Vaccination in the Punjab 1867-1880 - 1867-1880
Year: 1867
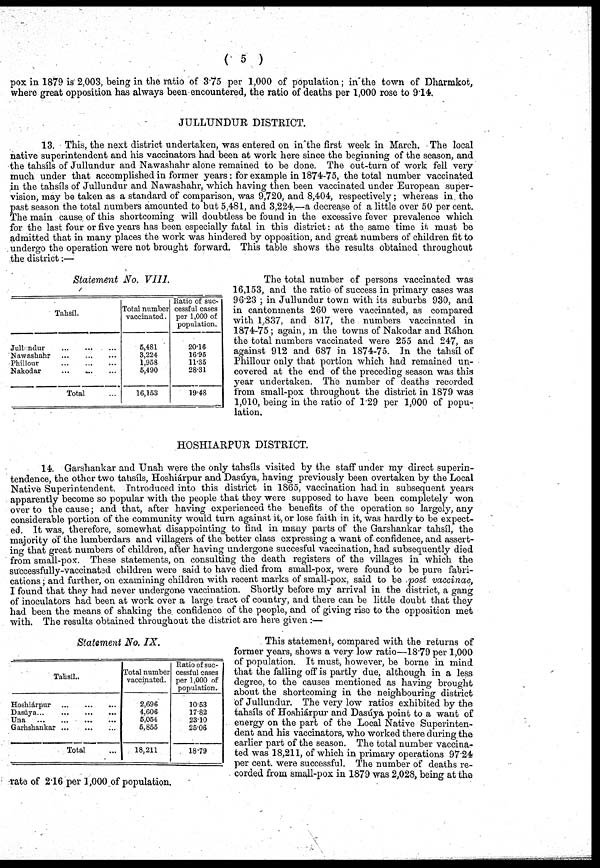
( 5 )
pox in 1879 is 2,003, being in the ratio of 3.75 per 1,000 of population; in the town of Dharmkot,
where great opposition has always been encountered, the ratio of deaths per 1,000 rose to 9.14.
JULLUNDUR DISTRICT.
13. This, the next district undertaken, was entered on in the first week in March. The local
native superintendent and his vaccinators had been at work here since the beginning of the season, and
the tahsíls of Jullundur and Nawashahr alone remained to be done. The out-turn of work fell very
much under that accomplished in former years: for example in 1874-75, the total number vaccinated
in the tahsíls of Jullundur and Nawashahr, which having then been vaccinated under European super-
vision, may be taken as a standard of comparison, was 9,720, and 8,404, respectively; whereas in the
past season the total numbers amounted to but 5,481, and 3,224,—a decrease of a little over 50 per cent.
The main cause of this shortcoming will doubtless be found in the excessive fever prevalence which
for the last four or five years has been especially fatal in this district: at the same time it must be
admitted that in many places the work was hindered by opposition, and great numbers of children fit to
undergo the operation were not brought forward. This table shows the results obtained throughout
the district:—
Statement No. VIII.
Tahsíl.
Jullundur
...
...
...
Nawashahr ... ... ...
Phillour
...
...
...
Nakodar ... ... ...
Total ...
Total number
vaccinated.
5,481
3,224
1,958
5,490
16,153
Ratio of suc-
cessful cases
per 1,000 of
population.
20.16
16.95
11.35
28.31
19.48
The total number of persons vaccinated was
16,153, and the ratio of success in primary cases was
96.23 ; in Jullundur town with its suburbs 930, and
in cantonments 260 were vaccinated, as compared
with 1,837, and 817, the numbers vaccinated in
1874-75; again, in the towns of Nakodar and Ráhon
the total numbers vaccinated were 255 and 247, as
against 912 and 687 in 1874-75. In the tahsíl of
Phillour only that portion which had remained un-
covered at the end of the preceding season was this
year undertaken. The number of deaths recorded
from small-pox throughout the district in 1879 was
1,010, being in the ratio of 1.29 per 1,000 of popu-
lation.
HOSHIARPUR DISTRICT
14. Garshankar and Unah were the only tahsíls visited by the staff under my direct superin-
tendence, the other two tahsíls, Hoshiárpur and Dasúya, having previously been overtaken by the Local
Native Superintendent. Introduced into this district in 1865, vaccination had in subsequent years
apparently become so popular with the people that they were supposed to have been completely won
over to the cause; and that, after having experienced the benefits of the operation so largely, any
considerable portion of the community would turn against it, or lose faith in it, was hardly to be expect-
ed. It was, therefore, somewhat disappointing to find in many parts of the Garshankar tahsíl, the
majority of the lumberdars and villagers of the better class expressing a want of confidence, and assert-
ing that great numbers of children, after having undergone succesful vaccination, had subsequently died
from small-pox. These statements, on consulting the death registers of the villages in which the
successfully-vaccinated children were said to have died from small-pox, were found to be pure fabri-
cations ; and further, on examining children with recent marks of small-pox, said to be post vaccinae,
I found that they had never undergone vaccination. Shortly before my arrival in the district, a gang
of inoculators had been at work over a large tract of country, and there can be little doubt that they
had been the means of shaking the confidence of the people, and of giving rise to the opposition met
with. The results obtained throughout the district are here given :—
Statement No. IX.
Tahsíl..
Hoshiárpur
...
...
...
Dasúya
...
...
...
...
Una
...
...
...
...
Garhshankar
...
...
...
Total ...
Total number
vaccinated.
2,696
4,606
5,054
5,855
18,211
Ratio of suc-
cessful cases
per 1,000 of
population.
10.53
17.82
23.10
25.06
18.79
This statement, compared with the returns of
former years, shows a very low ratio—18.79 per 1,000
of population. It must, however, be borne in mind
that the falling off is partly due, although in a less
degree, to the causes mentioned as having brought
about the shortcoming in the neighbouring district
of Jullundur. The very low ratios exhibited by the
tahsíls of Hoshiárpur and Dasúya point to a want of
energy on the part of the Local Native Superinten-
dent and his vaccinators, who worked there during the
earlier part of the season. The total number vaccina-
ted was 18,211, of which in primary operations 97.24
per cent. were successful. The number of deaths re¬
corded from small-pox in 1879 was 2,028, being at the
rate of 2.16 per 1,000 of population.